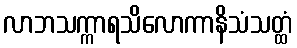
လာဘသက္ကာရသိလောကာနိသံသတ္ထံ